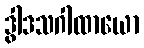
ဒွါဒသဂါထာယော